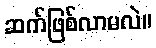
ဆက်ဖြစ်လာမလဲ။